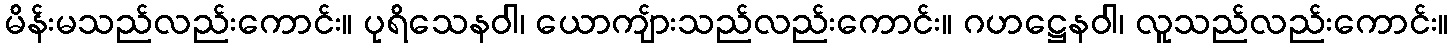
မိန်းမသည်လည်းကောင်း။ ပုရိသေနဝါ၊ ယောကျ်ားသည်လည်းကောင်း။ ဂဟဋ္ဌေနဝါ၊ လူသည်လည်းကောင်း။